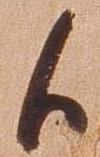
候